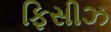
ફિસીઝ